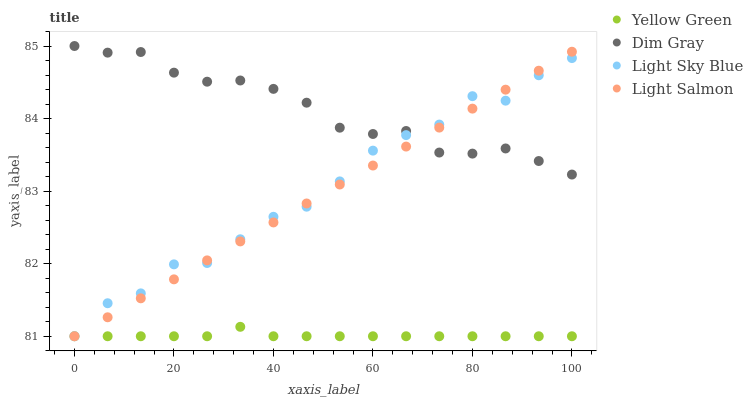
| xaxis_label | Yellow Green | Dim Gray | Light Sky Blue | Light Salmon |
 | --- | --- | --- | --- | --- |
 | 0 | 81 | 85 | 81 | 81 |
 | 6.67 | 81 | 84.9 | 81.5 | 81.3 |
 | 13.3 | 81 | 84.9 | 81.6 | 81.5 |
 | 20 | 81 | 84.6 | 82 | 81.8 |
 | 26.7 | 81 | 84.5 | 82 | 82 |
 | 33.3 | 81.1 | 84.5 | 82.3 | 82.3 |
 | 40 | 81 | 84.4 | 82.6 | 82.6 |
 | 46.7 | 81 | 84.2 | 82.8 | 82.8 |
 | 53.3 | 81 | 83.9 | 83.1 | 83.1 |
 | 60 | 81 | 83.8 | 83.6 | 83.4 |
 | 66.7 | 81 | 83.8 | 83.8 | 83.6 |
 | 73.3 | 81 | 83.5 | 83.9 | 83.9 |
 | 80 | 81 | 83.5 | 84.3 | 84.1 |
 | 86.7 | 81 | 83.6 | 84.2 | 84.4 |
 | 93.3 | 81 | 83.4 | 84.6 | 84.7 |
 | 100 | 81 | 83.2 | 84.8 | 84.9 |